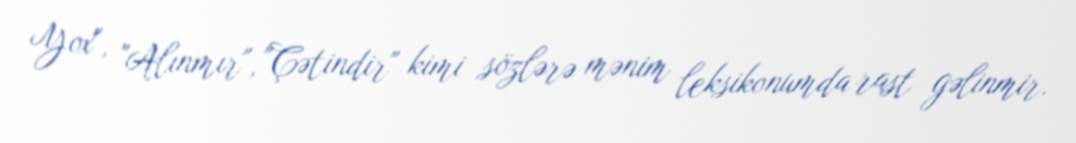
Yox", "Alınmır", "Çətindir" kimi sözlərə mənim leksikonumda rast gəlinmir.